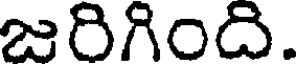
జరిగింది.